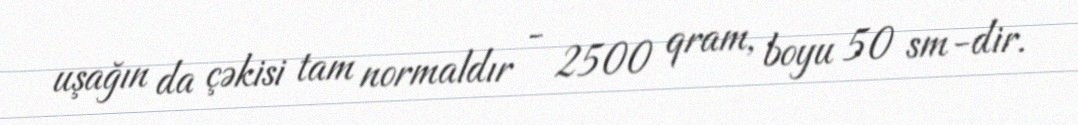
uşağın da çəkisi tam normaldır - 2500 qram, boyu 50 sm-dir.